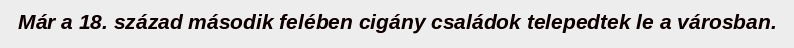
Már a 18. század második felében cigány családok telepedtek le a városban.